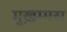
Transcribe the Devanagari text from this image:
मुख़म्मस